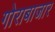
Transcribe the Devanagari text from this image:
गोराबाजार